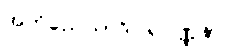
အဘိညေယာဒိဝါရဝဏ္ဏနာ